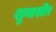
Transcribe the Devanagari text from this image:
शुनासीर